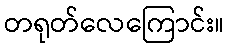
တရုတ်လေကြောင်း။